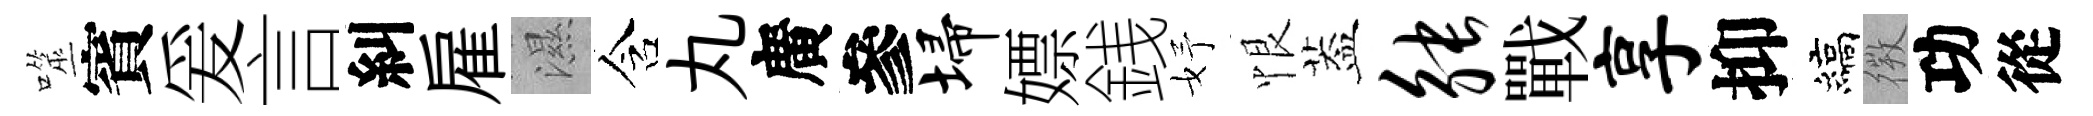
噬賓爰言糾雇濕含丸廣參埽嫖銭妤恨葢觖戰享抑縞𢕄功從